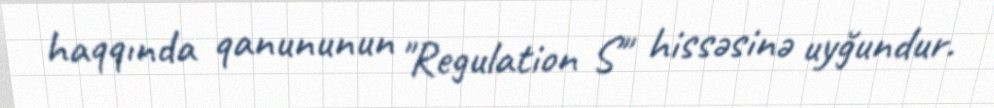
haqqında qanununun "Regulation S" hissəsinə uyğundur.